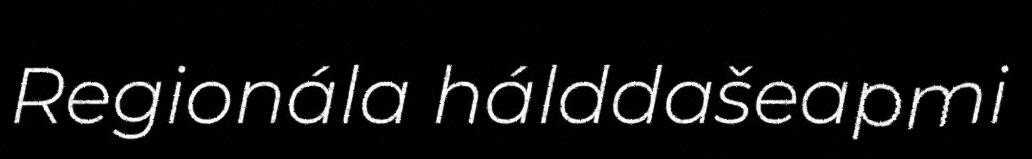
Regionála hálddašeapmi